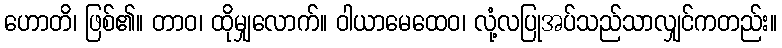
ဟောတိ၊ ဖြစ်၏။ တာဝ၊ ထိုမျှလောက်။ ဝါယာမေထေဝ၊ လုံ့လပြုအပ်သည်သာလျှင်ကတည်း။